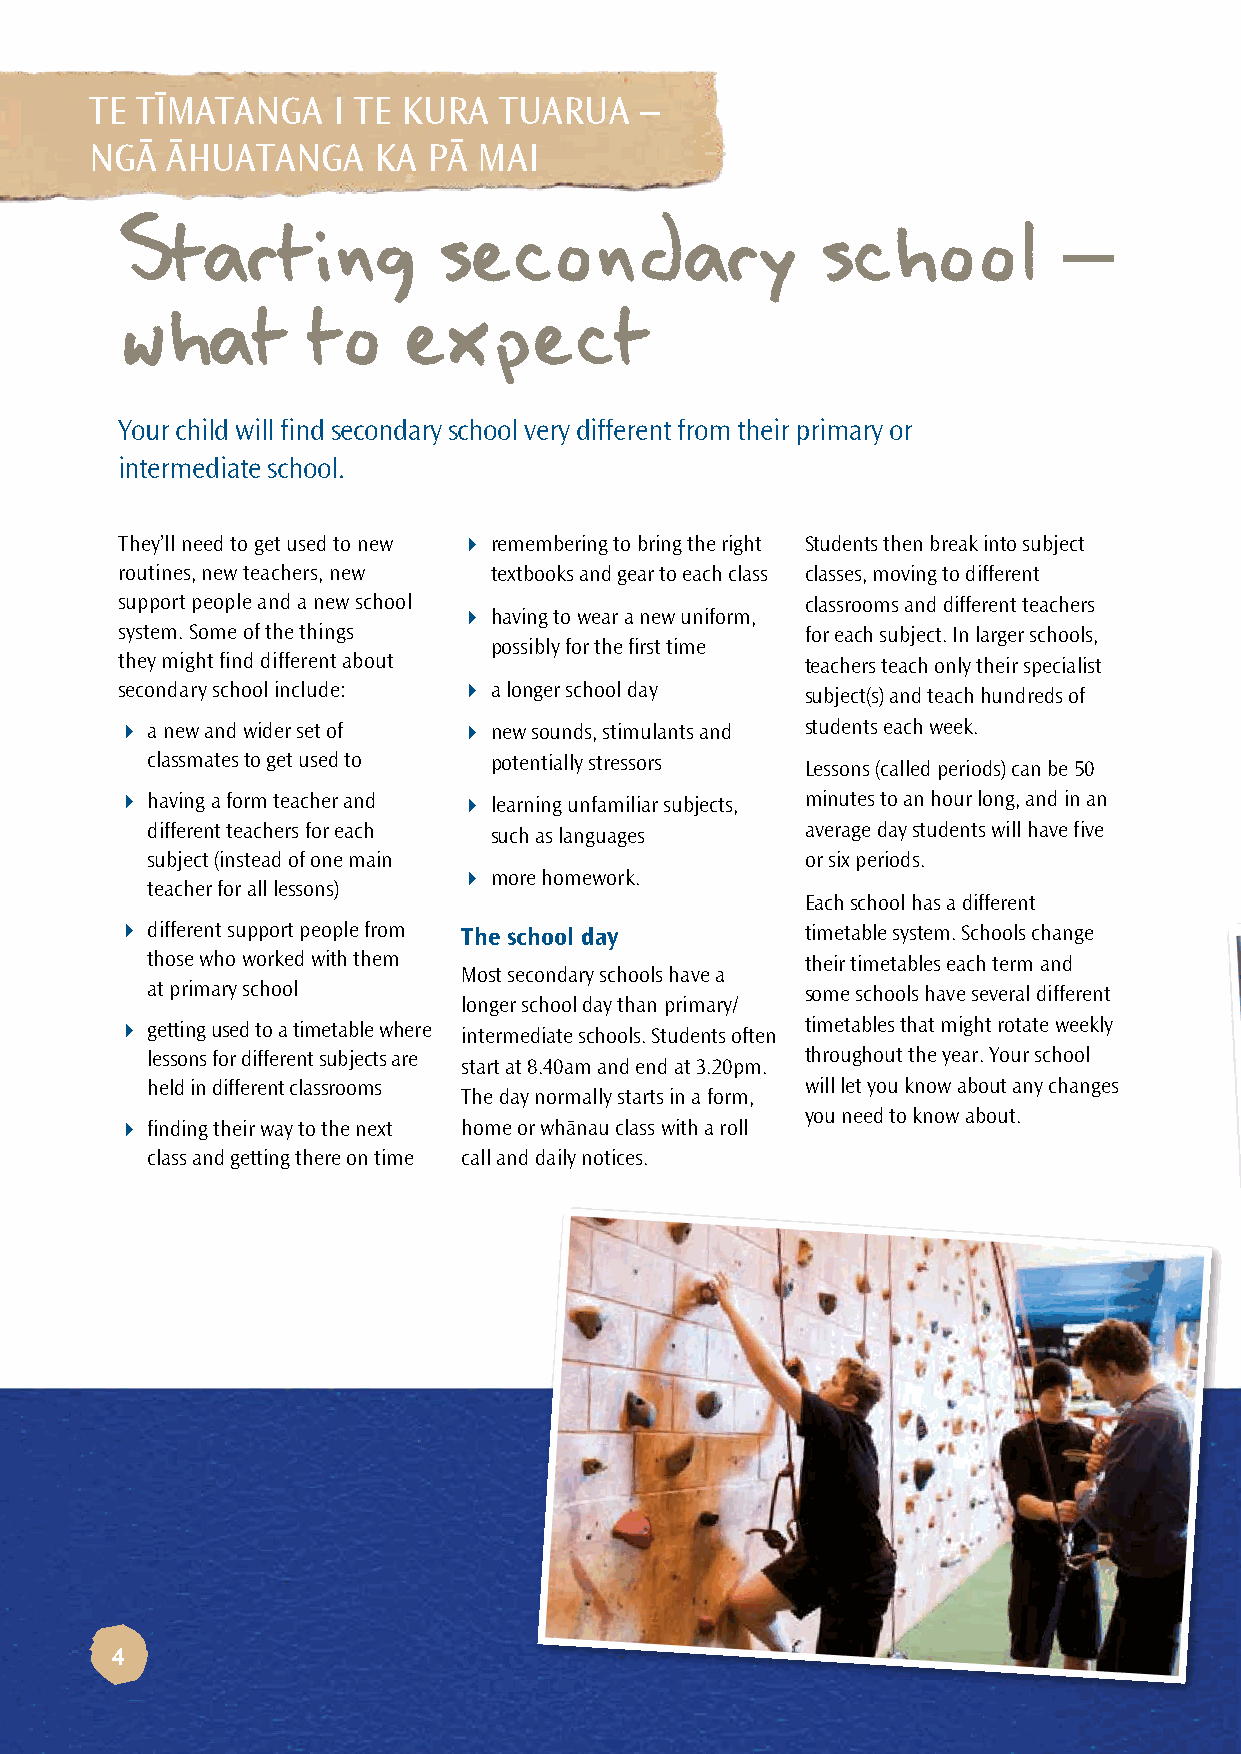
TE TÏMATANGA    I TE KURA  TUARUA   –
 NGÄ  ÄHUATANGA     KA PÄ  MAI
 Starting             secondary                school          –
 what        to     expect
 Your child will find secondary school very different from their primary or
 intermediate school.
 They’ll need to get used to new  remembering to bring the right Students then break into subject
 routines, new teachers, new textbooks and gear to each class classes, moving to different
 support people and a new school              classrooms and different teachers
  having to wear a new uniform,
 system. Some of the things                   for each subject. In larger schools,
 possibly for the first time
 they might find different about              teachers teach only their specialist
 secondary school include:  a longer school day subject(s) and teach hundreds of
  a new and wider set of  new sounds, stimulants and students each week.
 classmates to get used to potentially stressors Lessons (called periods) can be 50
  having a form teacher and  learning unfamiliar subjects, minutes to an hour long, and in an
 different teachers for each such as languages average day students will have five
 subject (instead of one main               or six periods.
  more homework.
 teacher for all lessons)
 Each school has a different
  different support people from The school day timetable system. Schools change
 those who worked with them                 their timetables each term and
 Most secondary schools have a
 at primary school                          some schools have several different
 longer school day than primary/
  getting used to a timetable where          timetables that might rotate weekly
 intermediate schools. Students often
 lessons for different subjects are         throughout the year. Your school
 start at 8.40am and end at 3.20pm.
 held in different classrooms               will let you know about any changes
 The day normally starts in a form,
 you need to know about.
  finding their way to the next home or whänau class with a roll
 class and getting there on time call and daily notices.
 4